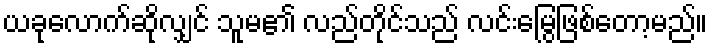
ယခုလောက်ဆိုလျှင် သူမ၏ လည်တိုင်သည် လင်းမြွေဖြစ်တော့မည်။